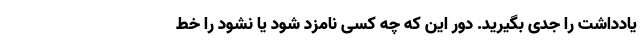
یادداشت را جدی بگیرید. دور این که چه کسی نامزد شود یا نشود را خط